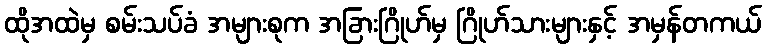
ထိုအထဲမှ စမ်းသပ်ခံ အများစုက အခြားဂြိုဟ်မှ ဂြိုဟ်သားများနှင့် အမှန်တကယ်